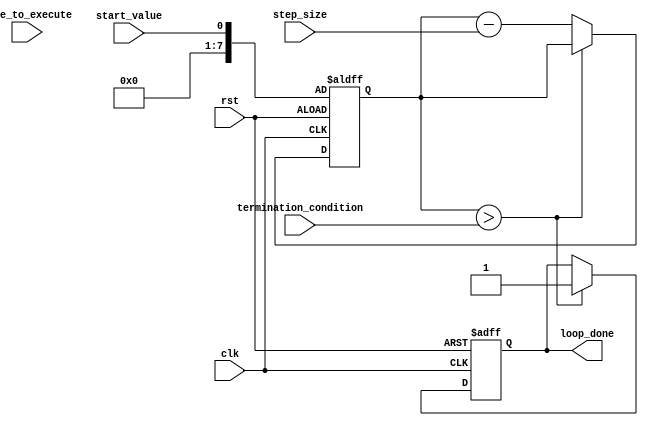
module decremental_for_loop(
    input wire rst,
    input wire clk,
    input wire start_value,
    input wire step_size,
    input wire termination_condition,
    input wire [7:0] code_to_execute,
    output reg loop_done
);

reg [7:0] loop_counter;

always @(posedge clk or posedge rst) begin
    if (rst) begin
        loop_counter <= start_value;
        loop_done <= 0;
    end else begin
        if (loop_counter > termination_condition) begin
            loop_done <= 1;
        end else begin
            loop_counter <= loop_counter - step_size;
            // Execute code within the loop
            // Example: code_to_execute <= code_to_execute + loop_counter;
        end
    end
end

endmodule